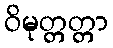
ဝိမုတ္တတ္တာ